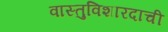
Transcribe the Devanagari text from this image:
वास्तुविशारदाची